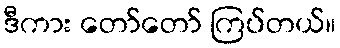
ဒီကား တော်တော် ကြပ်တယ်။